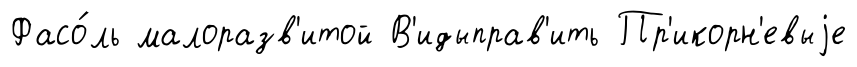
Фасо́ль малоразв'итой В'идыправ'ить Пр'икорн'евыjе